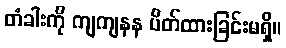
တံခါးကို ကျကျနန ပိတ်ထားခြင်းမရှိ။